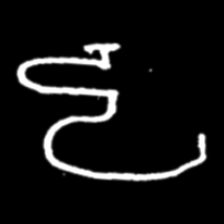
Pyu character \u2014 Myanmar letter: ဠ (romanized: lla)